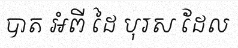
បាត អំពី ដៃ បុរស ដែល